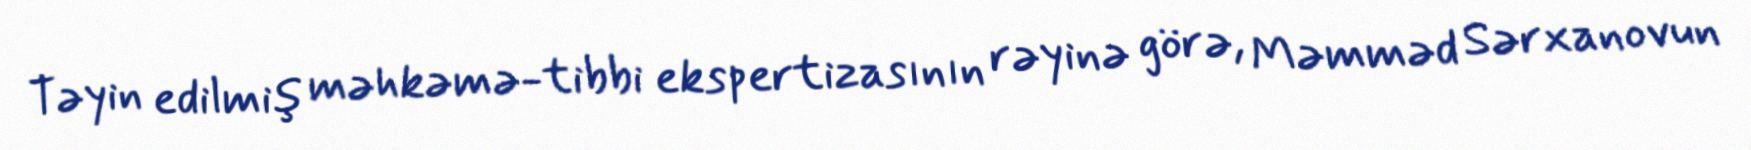
Təyin edilmiş məhkəmə-tibbi ekspertizasının rəyinə görə, Məmməd Sərxanovun